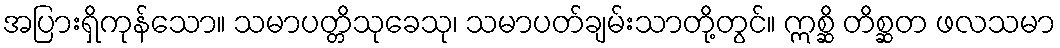
အပြားရှိကုန်သော။ သမာပတ္တိသုခေသု၊ သမာပတ်ချမ်းသာတို့တွင်။ ဣစ္ဆိ တိစ္ဆတ ဖလသမာ